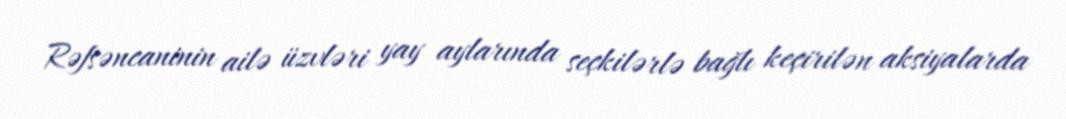
Rəfsəncaninin ailə üzvləri yay aylarında seçkilərlə bağlı keçirilən aksiyalarda